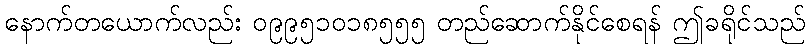
နောက်တယောက်လည်း ၀၉၉၅၁၀၁၈၅၅၅ တည်ဆောက်နိုင်စေရန် ဤခရိုင်သည်